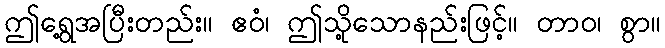
ဤရွေ့အပြီးတည်း။ ဧဝံ၊ ဤသို့သောနည်းဖြင့်။ တာဝ၊ စွာ။